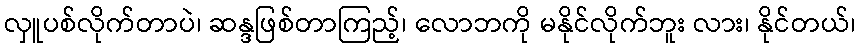
လှူပစ်လိုက်တာပဲ၊ ဆန္ဒဖြစ်တာကြည့်၊ လောဘကို မနိုင်လိုက်ဘူး လား၊ နိုင်တယ်၊